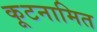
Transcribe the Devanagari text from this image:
कूटनामित